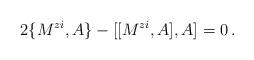
LaTeX: \begin{align*}2\{M^{zi},A\}-[[M^{zi},A],A]=0\,.\end{align*}